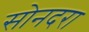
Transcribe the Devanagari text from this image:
सोनदरा